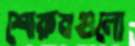
শোরুমগুলো